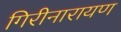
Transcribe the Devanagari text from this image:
गिरीनारायण